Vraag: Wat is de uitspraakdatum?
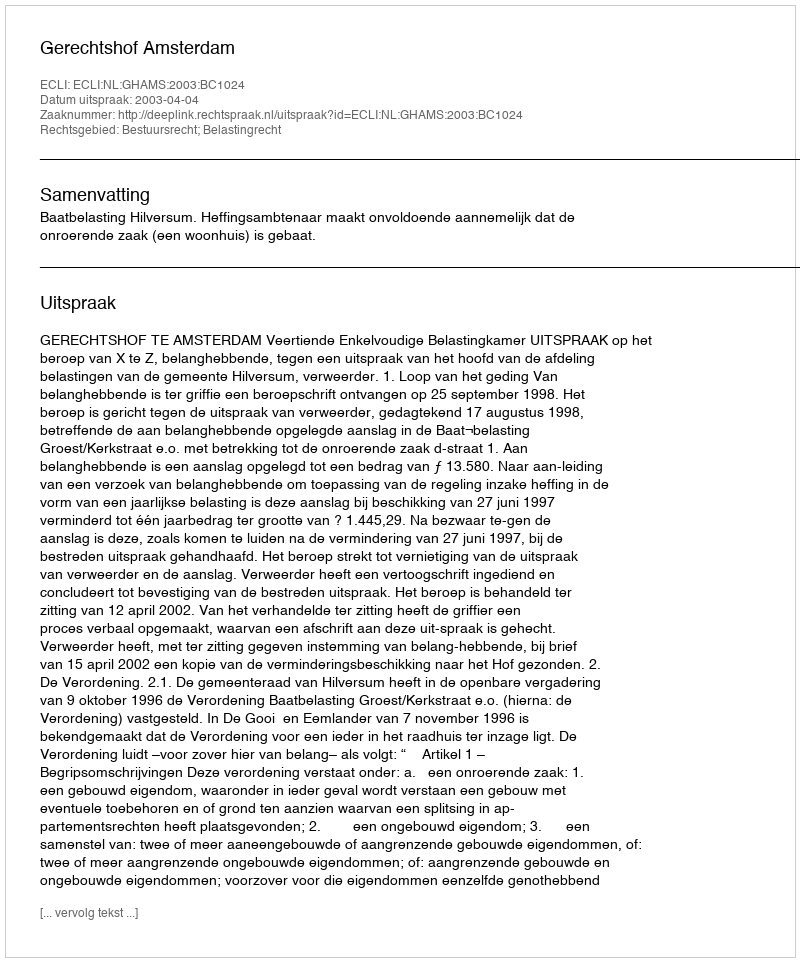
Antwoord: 2003-04-04